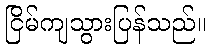
ငြိမ်ကျသွားပြန်သည်။